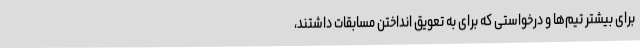
برای بیشتر تیم‌ها و درخواستی که برای به تعویق انداختن مسابقات داشتند،